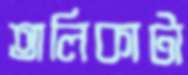
তালিকাটা